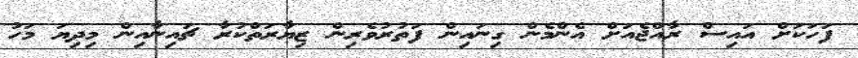
ފަހަކަށް އައިސް ރާއްޖެއަށް އެންމެން ގިނައިން ފަތުރުވެރިން ޒިޔާރަތްކުރާ ޗައިނާއިން މިދިޔަ މަހު